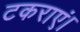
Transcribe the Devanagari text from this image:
टकराएं।